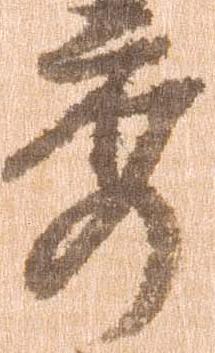
秀